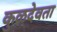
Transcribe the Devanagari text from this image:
कुळदेवता